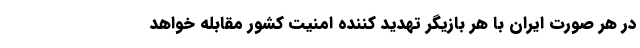
در هر صورت ایران با هر بازیگر تهدید کننده امنیت کشور مقابله خواهد